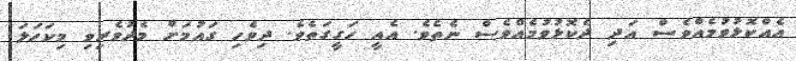
އެެއްކޮޅުވުމެއްވެސް އަދި ދެކޮޅުވުމެއްވެސް ނެތެވެ. އެއީ ހަގީގަތެވެ. ދިވެހި ގައުމަށް މެދުވެރިވި މިކަހަލަ